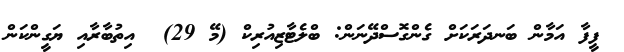
ފީފާ އަމާން ބަނދަރަކަށް ގެންގޮސްދޭނަން: ބްލެޓާޒިއުރިކް (މޭ 29)  އިތުބާރާއި ޔަގީންކަން